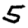
Digit: 5